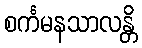
စင်္ကမနသာလန္တိ